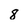
Character: 8